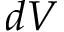
d V